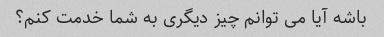
باشه آیا می توانم چیز دیگری به شما خدمت کنم؟